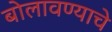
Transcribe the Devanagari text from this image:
बोलावण्याचे